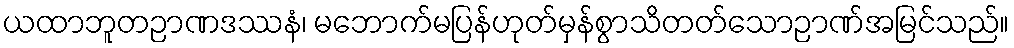
ယထာဘူတဉာဏဒဿနံ၊ မဘောက်မပြန်ဟုတ်မှန်စွာသိတတ်သောဉာဏ်အမြင်သည်။